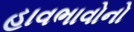
હાવભાવોનો